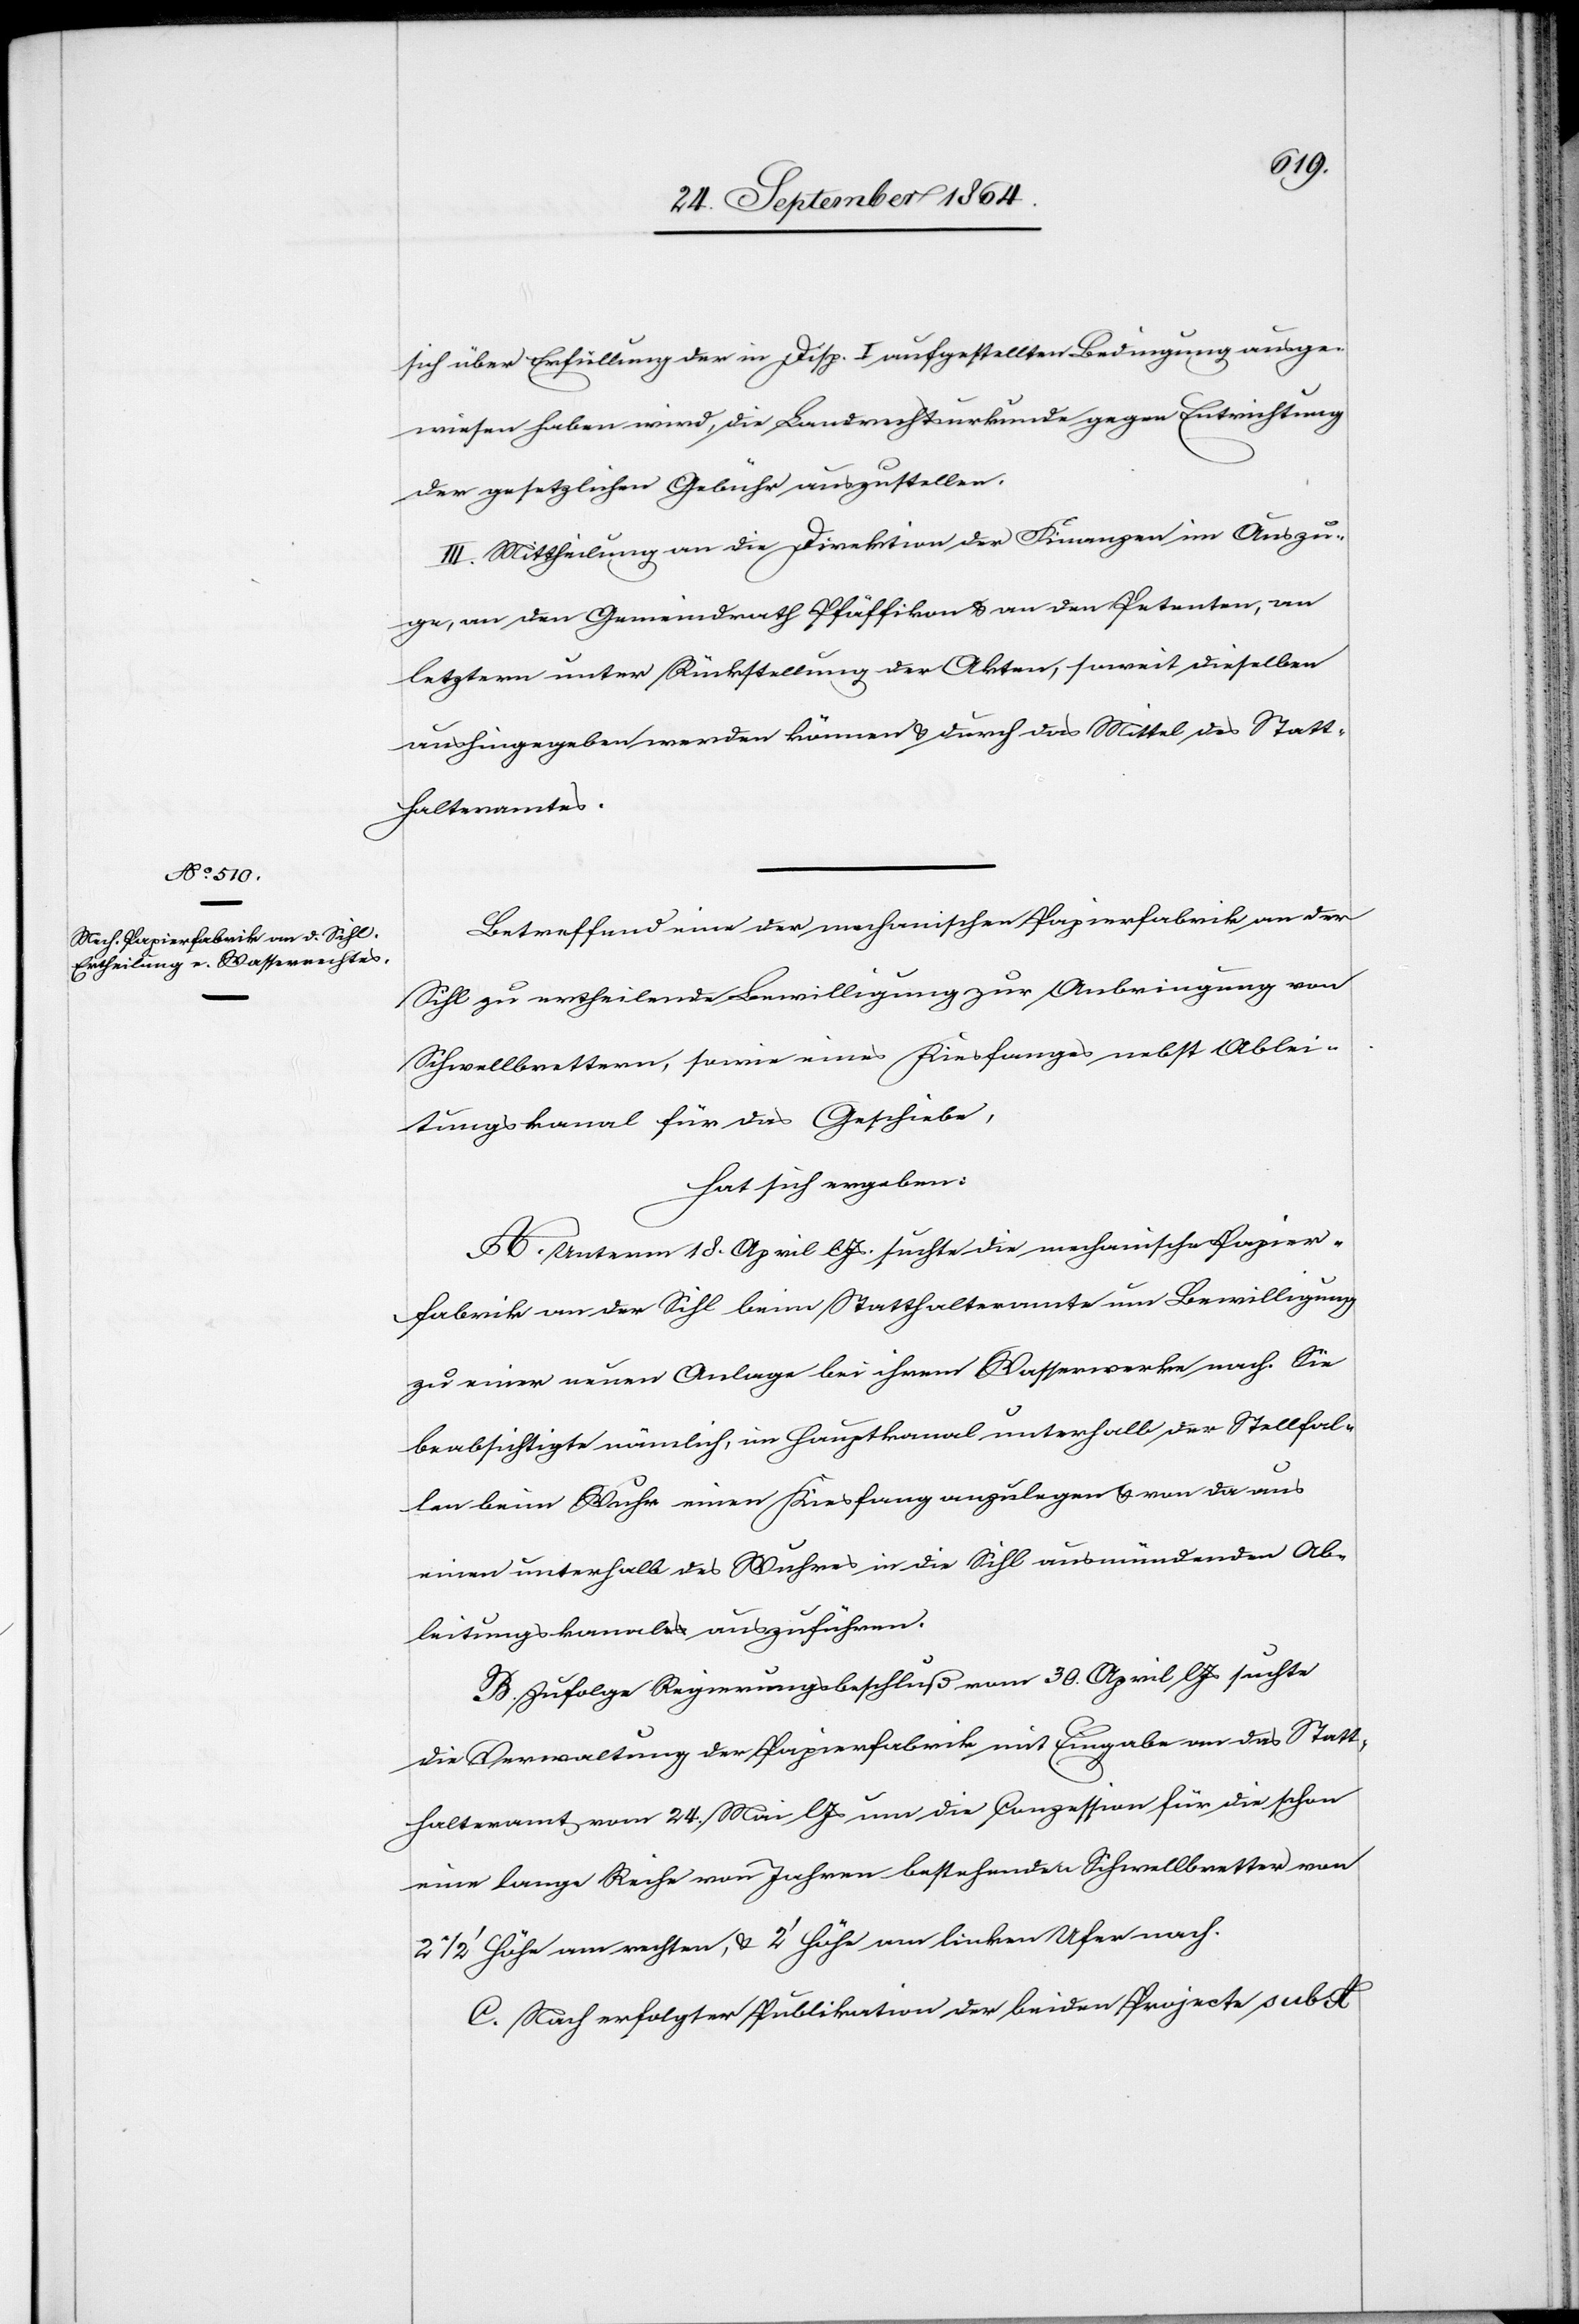
sich über Erfüllung der in Disp. I aufgestellten Bedingung ausge¬
wiesen haben wird, die Landrechtsurkunde gegen Entrichtung
der gesetzlichen Gebühr auszustellen.
III. Mittheilung an die Direktion der Finanzen im Auszu¬
ge, an den Gemeindrath Pfäffikon & an den Petenten, an
letztern unter Rückstellung der Akten, soweit dieselben
aushingegeben werden können & durch das Mittel des Statt¬
halteramtes.
Betreffend eine der mechanischen Papierfabrik an der
Sihl zu ertheilende Bewilligung zur Anbringung von
Schwellbrettern, sowie eines Kiesfanges nebst Ablei¬
tungskanal für das Geschiebe,
hat sich ergeben:
A. Unterm 18. April l. Js. suchte die mechanische Papier¬
fabrik an der Sihl beim Statthalteramte um Bewilligung
zu einer neuen Anlage bei ihrem Wasserwerke nach. Sie
beabsichtigte nämlich, im Hauptkanal unterhalb der Stellfal¬
len beim Wuhr einen Kiesfang anzulegen & von da aus
einen unterhalb des Wuhres in die Sihl ausmündenden Ab¬
leitungskanal auszuführen.
B. Zufolge Regierungsbeschluß vom 30. April l. Js suchte
die Verwaltung der Papierfabrik mit Eingabe an das Statt¬
halteramt vom 24. Mai l. Js um die Conzession für die schon
eine lange Reihe von Jahren bestehenden Schwellbretter von
2 1/2’ Höhe am rechten, & 2’ Höhe am linken Ufer nach.
C. Nach erfolgter Publikation der beiden Projecte sub A